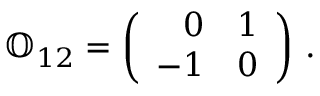
{ \mathbb O } _ { 1 2 } = \left( \begin{array} { r r } { 0 } & { 1 } \\ { - 1 } & { 0 } \end{array} \right) \, .